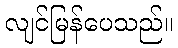
လျင်မြန်ပေသည်။